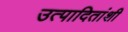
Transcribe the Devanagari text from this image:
उत्पादितांशी